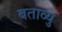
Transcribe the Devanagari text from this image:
बताव्यु